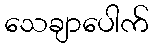
သေချာပေါက်